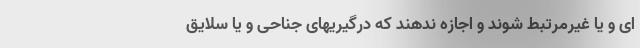
ای و یا غیرمرتبط شوند و اجازه ندهند که درگیریهای جناحی و یا سلایق